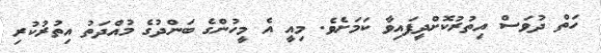
ހަތް ދުވަސް އިތުރުކޮށްދީފައިވާ ކަމަށެވެ. މިއީ އެ މީހުންގެ ބަންދުގެ މުއްދަތު އިތުރުކުރި